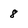
Character: 8